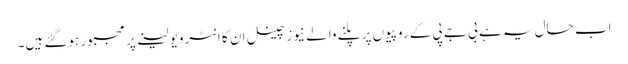
اب حال یہ ہے بی جے پی کے روپیوں پر پلنے والے نیوز چینل ان کا انٹرویو لینے پر مجبور ہوگئے ہیں۔